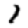
Digit: 1